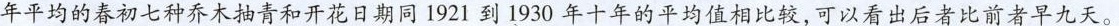
年平均的春初七种乔木抽青和开花日期同1921到1930年十年的平均值相比较，可以看出后者比前者早九天。